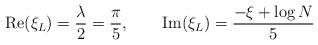
\begin{align*}\textrm{Re}(\xi_L)={\lambda\over 2}={\pi\over 5},\qquad\textrm{Im}(\xi_L) = \frac{-\xi +\log N}{5}\end{align*}